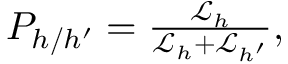
\begin{array} { r } { P _ { h / h ^ { \prime } } = \frac { \mathcal { L } _ { h } } { \mathcal { L } _ { h } + \mathcal { L } _ { h ^ { \prime } } } , } \end{array}